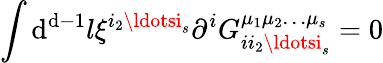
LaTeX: \int\mathrm{d}^{\mathrm{d}-1}l\xi^{i_{2}\ldotsi_{s}}\partial^{i}G_{ii_{2}\ldotsi_{s}}^{\mu_{1}\mu_{2}\ldots\mu_{s}}=0